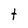
Character: t